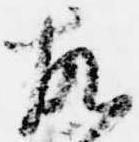
故